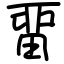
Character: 畱